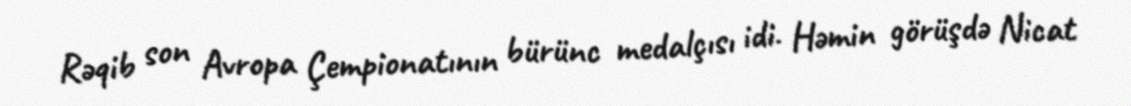
Rəqib son Avropa Çempionatının bürünc medalçısı idi. Həmin görüşdə Nicat